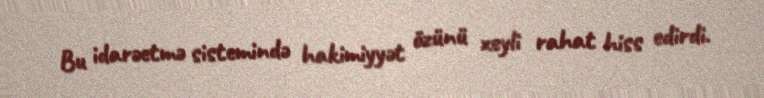
Bu idarəetmə sistemində hakimiyyət özünü xeyli rahat hiss edirdi.